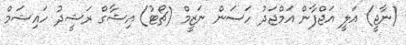
(ނާޖީ) އަލީ އަޖްފާން އަމްޖަދު ހަސަން ނަޒީމް (ޗޯޓު) އިޝާގް ރަޝީދު ހައިޝަމް